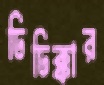
ঢিঢিক্কার